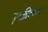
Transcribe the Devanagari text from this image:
पृथ्क्कीकरण